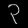
Digit: ၃